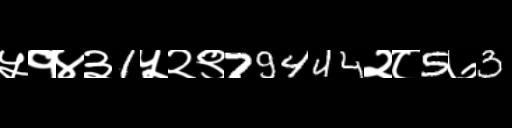
Text: ५१४३1५२९79444२८5७3